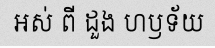
អស់ ពី ដួង ហឫទ័យ